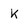
Character: k